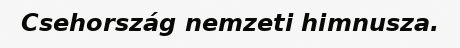
Csehország nemzeti himnusza.